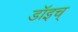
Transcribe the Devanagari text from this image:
डॉइच्